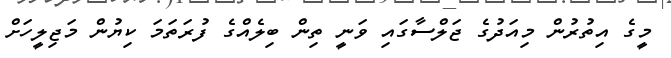
މީގެ އިތުރުން މިއަދުގެ ޖަލްސާގައި ވަނީ ތިން ބިލެއްގެ ފުރަތަމަ ކިޔުން މަޖިލީހަށް